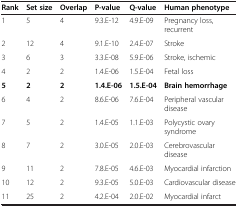
| Rank | Set size | Overlap | P-value | Q-value | Human phenotype |
 | --- | --- | --- | --- | --- | --- |
 | 1 | 5 | 4 | 9.3.E-12 | 4.9.E-09 | Pregnancy loss, recurrent |
 | 2 | 12 | 4 | 9.1.E-10 | 2.4.E-07 | Stroke |
 | 3 | 6 | 3 | 3.3.E-08 | 5.9.E-06 | Stroke, ischemic |
 | 4 | 2 | 2 | 1.4.E-06 | 1.5.E-04 | Fetal loss |
 | 5 | 2 | 2 | 1.4.E-06 | 1.5.E-04 | Brain hemorrhage |
 | 6 | 4 | 2 | 8.6.E-06 | 7.6.E-04 | Peripheral vascular disease |
 | 7 | 5 | 2 | 1.4.E-05 | 1.1.E-03 | Polycystic ovary syndrome |
 | 8 | 7 | 2 | 3.0.E-05 | 2.0.E-03 | Cerebrovascular disease |
 | 9 | 11 | 2 | 7.8.E-05 | 4.6.E-03 | Myocardial infarction |
 | 10 | 12 | 2 | 9.3.E-05 | 5.0.E-03 | Cardiovascular disease |
 | 11 | 25 | 2 | 4.2.E-04 | 2.0.E-02 | Myocardial infarct |